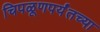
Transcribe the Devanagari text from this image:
चिपळूणपर्यंतच्या